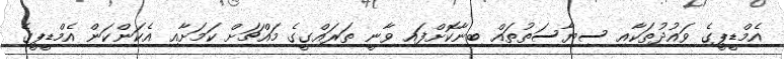
އެމްޑީޕީގެ ވައުދުތަކާއި ސިޔާސަތުތައް ބިނާކޮށްފައި ވާނީ ތަރައްގީގެ މައްޗަށް ކަމަށާއި އެކަންކަން އެމްޑީޕީގެ